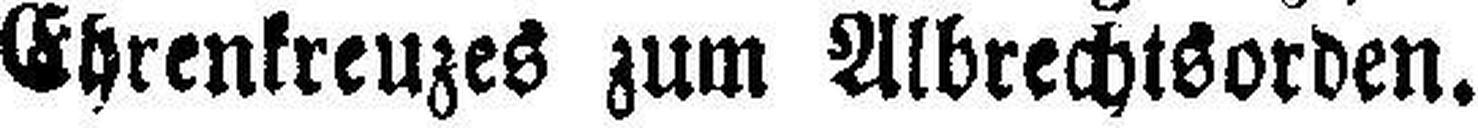
Ehrenkreuzes zum Albrechtsorden.